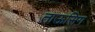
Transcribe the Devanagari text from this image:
ताऊसिग